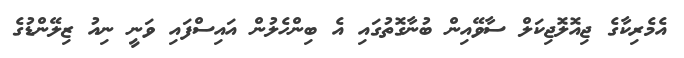
އެމެރިކާގެ ޖިއޮލޮޖިކަލް ސާވޭއިން ބުނާގޮތުގައި އެ ބިންހެލުން އައިސްފައި ވަނީ ނިއު ޒިލޭންޑުގެ